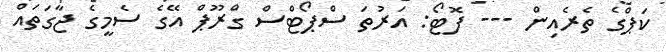
ކަޕްގެ ތެރެއިން --- ފޮޓޯ: އަރުތަ ސްޕޯޓްސް ގްރޫޕް އޭގެ ސެމީގެ ޖާގަތައް